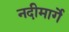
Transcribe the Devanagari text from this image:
नदीमार्गे